Document type: Sale
Year: 1439
Scribe: Arnau d'Illes
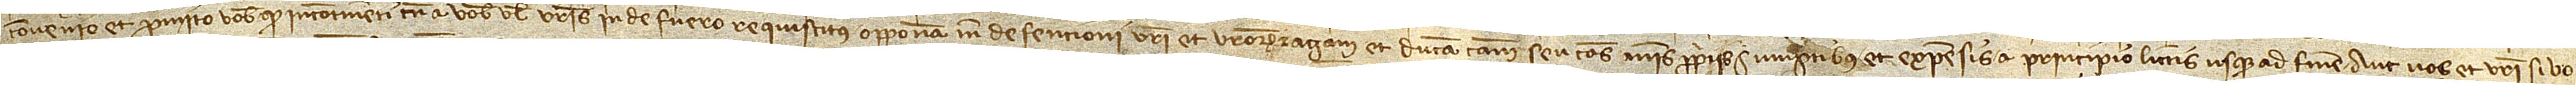
convenio et promitto vobis quod incontinenti tamen a vobis vel vestris inde fuero requisitus opponam inde defensioni vestri et vestrorum et agam et ducam causam seu causas meis propriis sumptibus et expensis a principio littis usque ad finem, aut vos et vestri si vo-